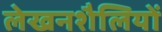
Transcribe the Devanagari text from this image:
लेखनशैलियों